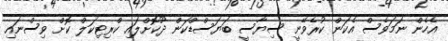
އެހެން ނަމަވެސް އެކަން ކުރެވޭނީ ސިޔާސީ ބަޔަސްޑްކަން ދޫކޮށްލައި ކްރިޓިކަލް ކޮށް ވިސްނައި